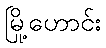
မြို့ဟောင်း